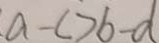
a - c > b - d